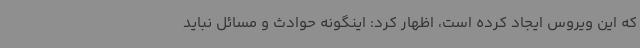
که این ویروس ایجاد کرده است، اظهار کرد: اینگونه حوادث و مسائل نباید